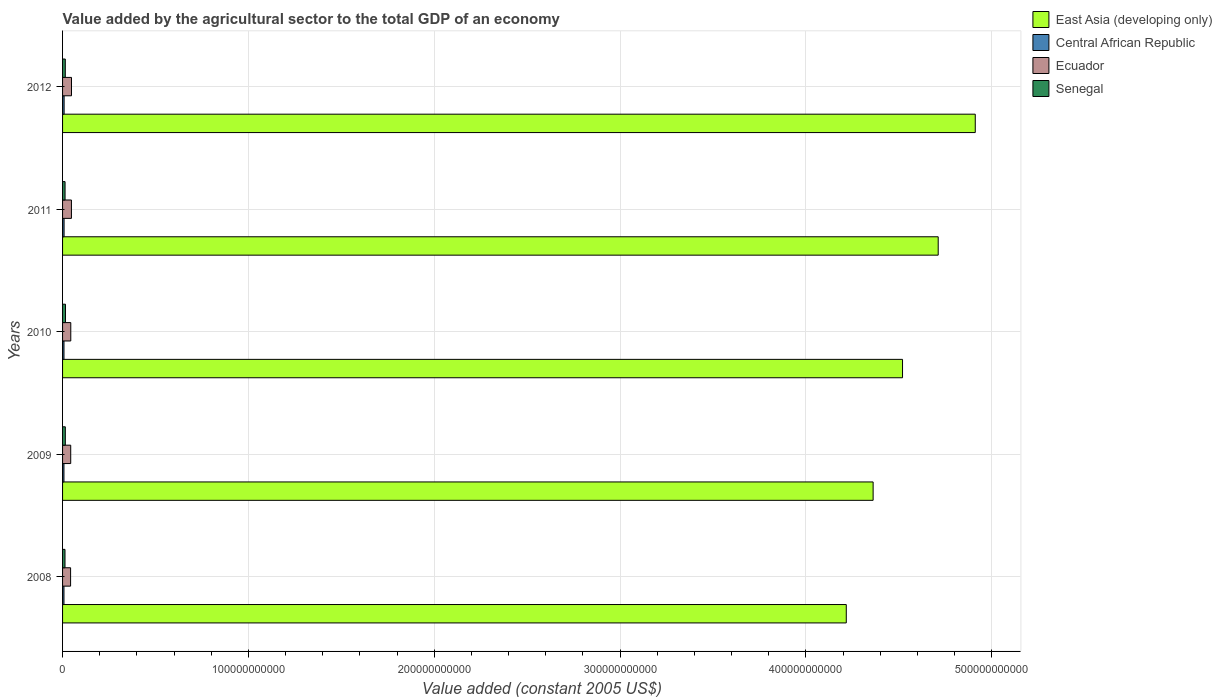
| Years | East Asia (developing only) | Central African Republic | Ecuador | Senegal |
 | --- | --- | --- | --- | --- |
 | 2008 | 4.22e+11 | 7.54e+08 | 4.32e+09 | 1.31e+09 |
 | 2009 | 4.36e+11 | 7.48e+08 | 4.39e+09 | 1.48e+09 |
 | 2010 | 4.52e+11 | 7.63e+08 | 4.42e+09 | 1.57e+09 |
 | 2011 | 4.71e+11 | 8.12e+08 | 4.77e+09 | 1.34e+09 |
 | 2012 | 4.91e+11 | 8.34e+08 | 4.81e+09 | 1.47e+09 |